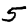
Digit: 5